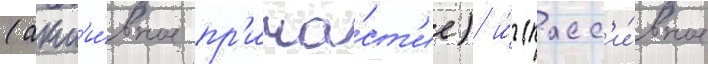
(акт'и́вное пр'ича́ст'ие) и́ (пасс'и́вное